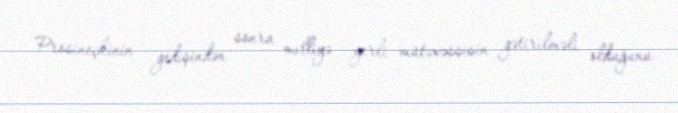
Prosineçkinin gedişindən sonra milliyə yerli mütəxəssisin gətirilməli olduğunu